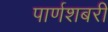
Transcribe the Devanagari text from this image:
पार्णशबरी